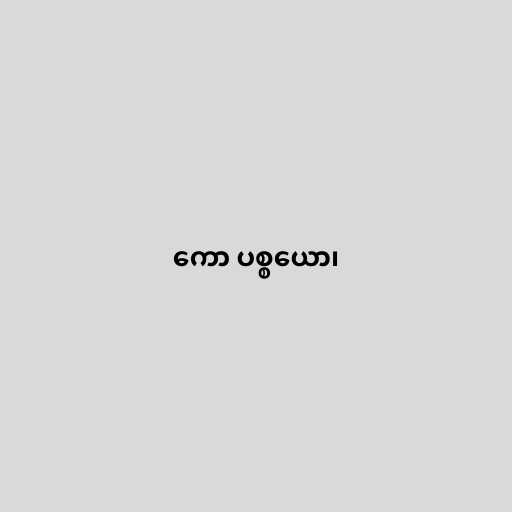
ကော ပစ္စယော၊